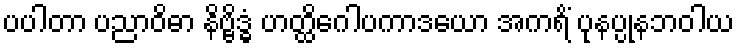
ပပါတာ ပညာဝိဓာ နိဗ္ဗိဒ္ဓံ ဟတ္ထိဂေါပကာဒယော အကရိံ ပုနပ္ပုနဘဝါယ